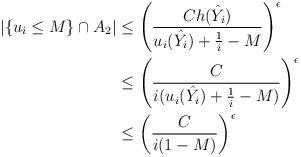
LaTeX: \begin{align*}|\{ u_i \leq M \} \cap A_2|&\leq \left( \frac{C h(\hat{Y_i}) }{ u_i(\hat{Y_i})+\frac{1}{i}-M }\right)^\epsilon\\ & \leq \left( \frac{C }{i (u_i(\hat{Y_i})+\frac{1}{i}-M)}\right)^\epsilon\\ &\leq \left( \frac{C }{i (1-M)}\right)^\epsilon \end{align*}